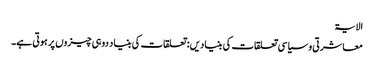
الایۃ
معاشرتی و سیاسی تعلقات کی بنیادیں: تعلقات کی بنیاد دو ہی چیزوں پر ہوتی ہے۔